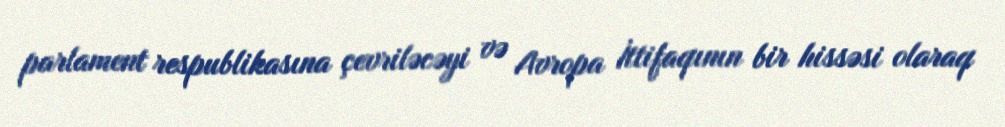
parlament respublikasına çevriləcəyi və Avropa İttifaqının bir hissəsi olaraq